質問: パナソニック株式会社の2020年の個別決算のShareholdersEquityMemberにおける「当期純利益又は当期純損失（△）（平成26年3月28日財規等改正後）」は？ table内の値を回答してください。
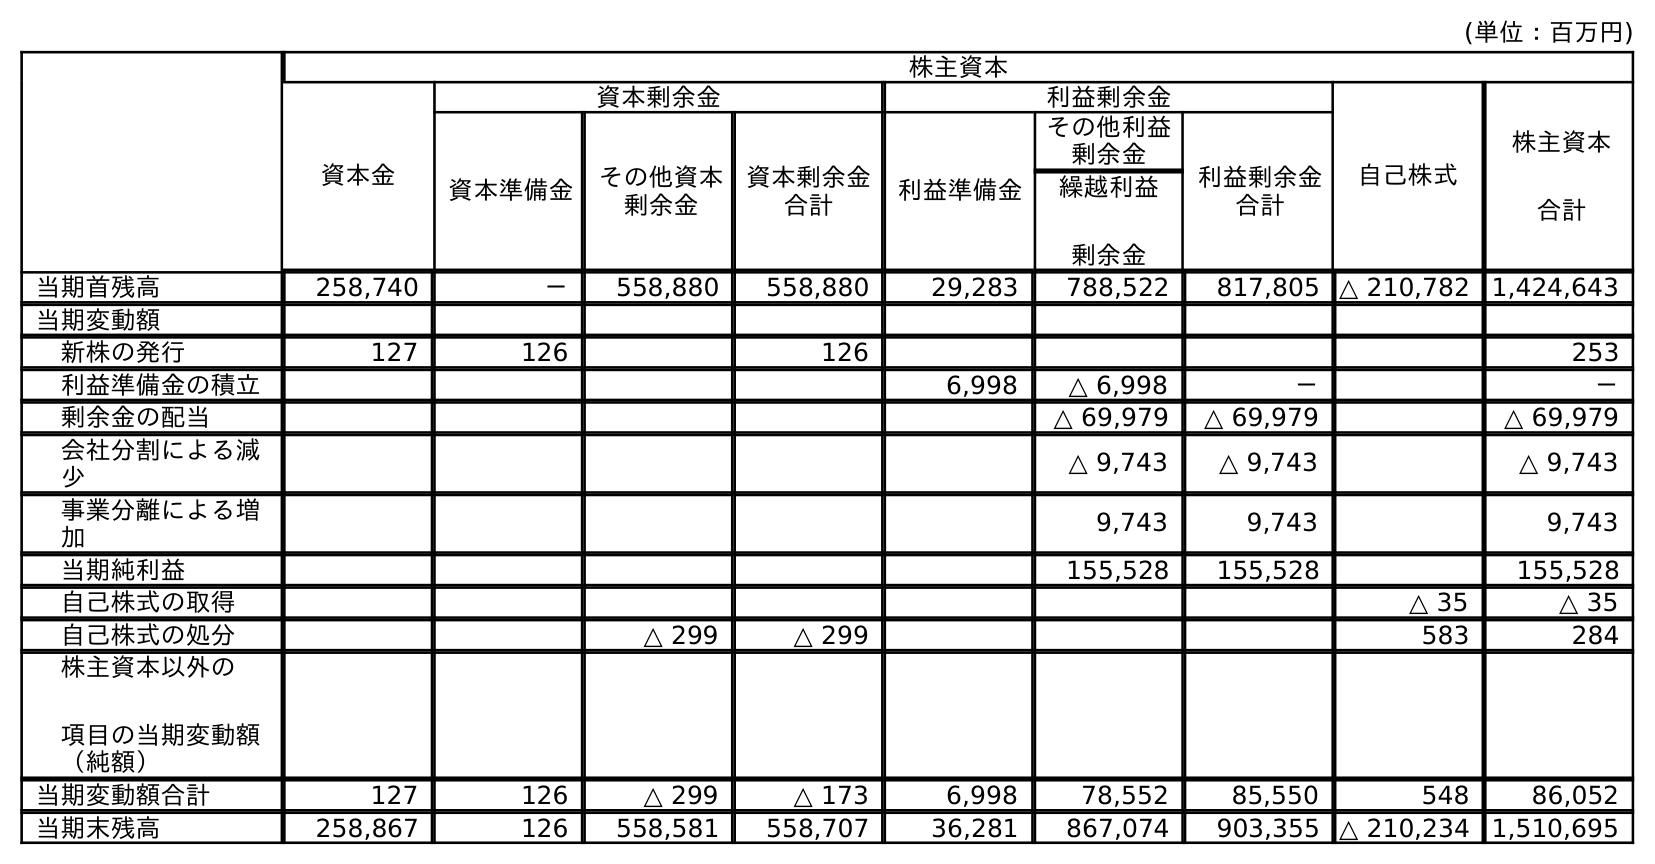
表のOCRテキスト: (単位：百万円) 株主資本 資本金 資本剰余金 利益剰余金 自己株式 株主資本 合計 資本準備金 その他資本 剰余金 資本剰余金 合計 利益準備金 その他利益 剰余金 利益剰余金 合計 繰越利益 剰余金 当期首残高 258,740 － 558,880 558,880 29,283 788,522 817,805 △ 210,782 1,424,643 当期変動額 新株の発行 127 126 126 253 利益準備金の積立 6,998 △ 6,998 － － 剰余金の配当 △ 69,979 △ 69,979 △ 69,979 会社分割による減 少 △ 9,743 △ 9,743 △ 9,743 事業分離による増 加 9,743 9,743 9,743 当期純利益 155,528 155,528 155,528 自己株式の取得 △ 35 △ 35 自己株式の処分 △ 299 △ 299 583 284 株主資本以外の 項目の当期変動額 （純額） 当期変動額合計 127 126 △ 299 △ 173 6,998 78,552 85,550 548 86,052 当期末残高 258,867 126 558,581 558,707 36,281 867,074 903,355 △ 210,234 1,510,695
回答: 155,528